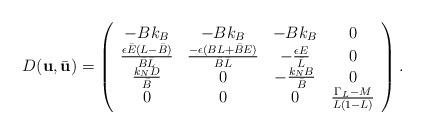
LaTeX: \begin{align*}D(\textbf{u},\bar{\textbf{u}}) = \left(\begin{array}{cccc}-Bk_{B} & -Bk_{B} & -Bk_{B} & 0 \\\frac{\epsilon \bar{E}(L-\bar{B})}{\bar{B}\bar{L}} & \frac{-\epsilon (BL+\bar{B}E)}{\bar{B}\bar{L}} & -\frac{\epsilon E}{\bar{L}} & 0 \\\frac{k_{N}D}{\bar{B}} & 0 & -\frac{k_{N}B}{\bar{B}} & 0 \\ 0 & 0 & 0 & \frac{\Gamma_{L}-M}{L(1-L)}\end{array}\right).\end{align*}